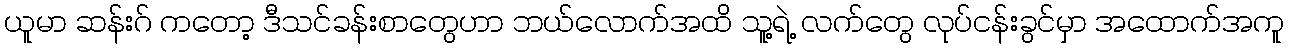
ယူမာ ဆန်းဂ် ကတော့ ဒီသင်ခန်းစာတွေဟာ ဘယ်လောက်အထိ သူ့ရဲ့ လက်တွေ လုပ်ငန်းခွင်မှာ အထောက်အကူ